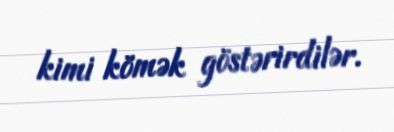
kimi kömək göstərirdilər.